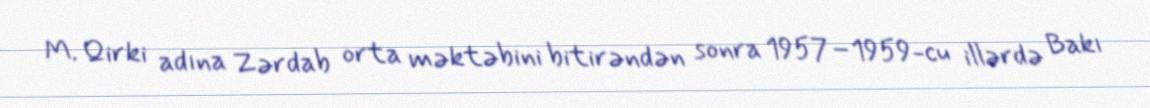
M. Qirki adına Zərdab orta məktəbini bitirəndən sonra 1957–1959-cu illərdə Bakı